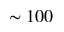
\sim 1 0 0